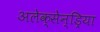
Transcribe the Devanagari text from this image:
अलेक्सेन्ड्रिया